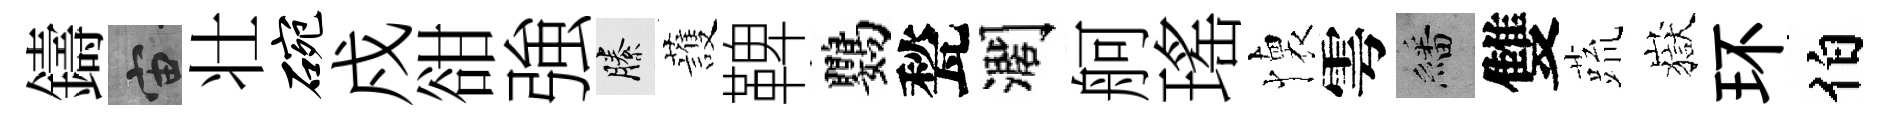
鑄宙壮碗戍𧮳強縢䕶鞞鸚甃濶舸瑤懐雩繙雙蔬嶽环伯